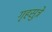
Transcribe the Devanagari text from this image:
गृहसुत्रे